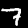
Digit: 7